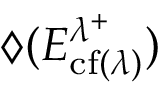
{ \diamondsuit ( E _ { \operatorname { c f } ( \lambda ) } ^ { \lambda ^ { + } } } )